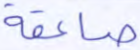
صاعقة